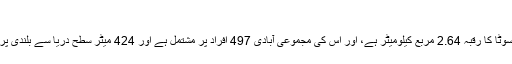
[3]
برتا، مینیسوٹا کا رقبہ 2.64 مربع کیلومیٹر ہے، اور اس کی مجموعی آبادی 497 افراد پر مشتمل ہے اور 424 میٹر سطح دریا سے بلندی پر واقع ہے۔